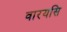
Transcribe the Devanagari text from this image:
वारयसि